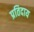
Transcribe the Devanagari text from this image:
प्रतिदाय